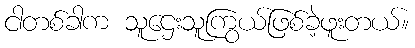
ငါတစ်ခါက သူဌေးသူကြွယ်ဖြစ်ခဲ့ဖူးတယ်။